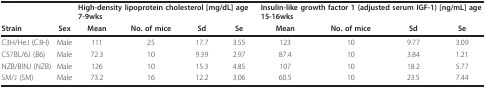
|  |  | <COLSPAN=4> High-density lipoprotein cholesterol [mg/dL] age 7-9wks | <COLSPAN=4> Insulin-like growth factor 1 (adjusted serum IGF-1) [ng/mL] age 15-16wks |
 | Strain | Sex | Mean | No. of mice | Sd | Se | Mean | No. of mice | Sd | Se |
 | --- | --- | --- | --- | --- | --- | --- | --- | --- | --- |
 | C3H/HeJ (C3H) | Male | 111 | 25 | 17.7 | 3.55 | 123 | 10 | 9.77 | 3.09 |
 | C57BL/6J (B6) | Male | 72.3 | 10 | 9.39 | 2.97 | 87.4 | 10 | 3.84 | 1.21 |
 | NZB/BlNJ (NZB) | Male | 126 | 10 | 15.3 | 4.85 | 107 | 10 | 18.2 | 5.77 |
 | SM/J (SM) | Male | 73.2 | 16 | 12.2 | 3.06 | 60.5 | 10 | 23.5 | 7.44 |